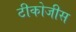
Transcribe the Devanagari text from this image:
टीकोजीस